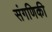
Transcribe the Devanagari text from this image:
संगणिकी